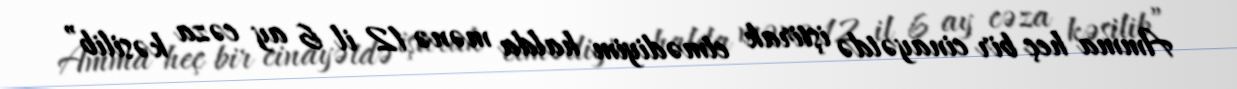
Amma heç bir cinayətdə iştirak etmədiyim halda mənə 12 il 6 ay cəza kəsilib”